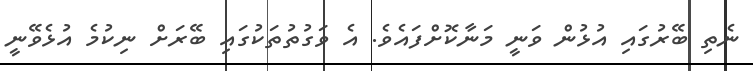
ނެތި ބޭރުގައި އުޅުން ވަނީ މަނާކޮށްފައެވެ. އެ ވަގުތުތަކުގައި ބޭރަށް ނިކުމެ އުޅެވޭނީ